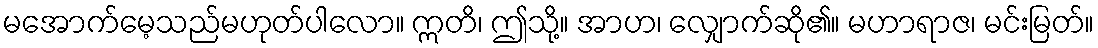
မအောက်မေ့သည်မဟုတ်ပါလော။ ဣတိ၊ ဤသို့။ အာဟ၊ လျှောက်ဆို၏။ မဟာရာဇ၊ မင်းမြတ်။